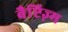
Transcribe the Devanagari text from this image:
बैप्टिज़्म